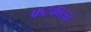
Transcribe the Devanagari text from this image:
फटकारने